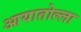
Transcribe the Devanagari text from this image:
आयातोल्ला